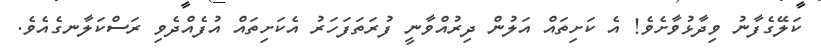
ކަލޭގެފާނު ވިދާޅުވާށެވެ! އެ ކަށިތައް އަލުން ދިރުއްވާނީ ފުރަތަފަހަރު އެކަށިތައް އުފެއްދެވި ރަސްކަލާނގެއެވެ.